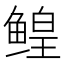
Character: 鳇